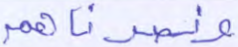
ونصرناهم